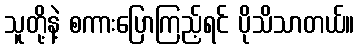
သူတို့နဲ့ စကားပြောကြည့်ရင် ပိုသိသာတယ်။